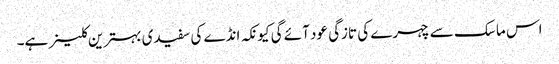
اس ماسک سے چہرے کی تازگی عود آئے گی کیونکہ انڈے کی سفیدی بہترین کلینر ہے۔